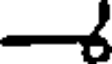
-